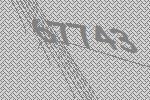
67743